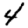
Digit: 4